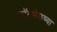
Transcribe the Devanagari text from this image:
हॉटमेलच्या